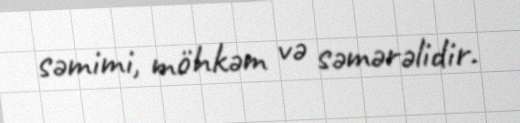
səmimi, möhkəm və səmərəlidir.